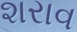
શરાવ